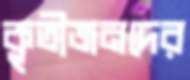
কৃতীজনদের